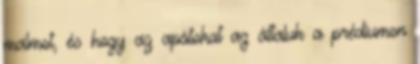
malmot, és hogy az apátokat az általuk a prédiumon